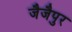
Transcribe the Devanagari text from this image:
जैजैपुर